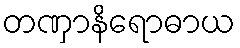
တဏှာနိရောဓာယ